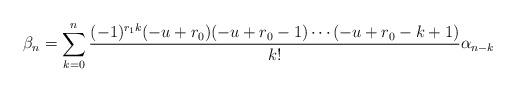
LaTeX: \begin{align*}\beta_{n} &= \sum_{k=0}^{n} \frac{(-1)^{r_{1} k} ( - u+r_{0}) ( - u+r_{0}-1) \cdots ( - u+r_{0} - k +1)}{k!} \alpha_{n-k} \end{align*}